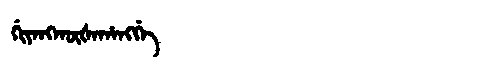
Manchu: ᡤᡳᠶᠠᠩᡴᡡᡧᠠᡥᠠᠩᡤᡝ
Romanization: GIYANGKŪŠAHANGGE